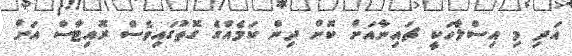
އަދި މި އިސްލާހަކީ ޗައިނާއަށް ކޮށް ދިން ކަމެއްގެ ގޮތުގައިވެސް ރޮއިޓާސް އަށް